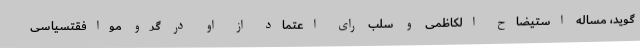
‌گوید، مساله استیضاح الکاظمی و سلب رای اعتماد از او در گرو موافقتسیاسی